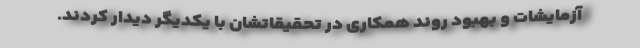
آزمایشات و بهبود روند همکاری در تحقیقاتشان با یکدیگر دیدار کردند.